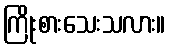
ကြိုးစားသေးသလား။